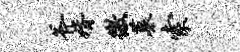
斧婿徼墓索